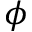
\phi